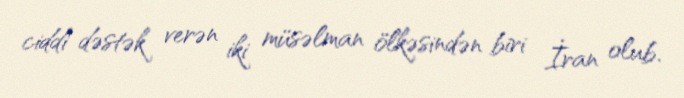
ciddi dəstək verən iki müsəlman ölkəsindən biri İran olub.